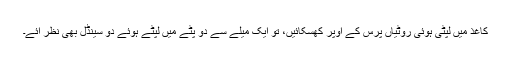
کاغذ میں لپٹی ہوئی روٹیاں پرس کے اوپر کھسکائیں، تو ایک میلے سے دو پٹے میں لپٹے ہوئے دو سینڈل بھی نظر آئے۔